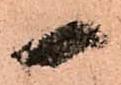
一